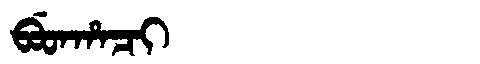
Manchu: ᠪᡠᡨᡥᠠᠴᡳ
Romanization: BUTHACI